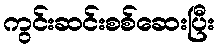
ကွင်းဆင်းစစ်ဆေးပြီး